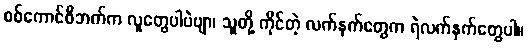
စစ်ကောင်စီဘက်က လူတွေပါပဲဗျာ၊ သူတို့ ကိုင်တဲ့ လက်နက်တွေက ရဲလက်နက်တွေပါ။